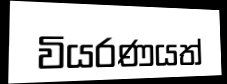
වියරණයත්